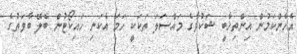
އެހެންކަމުން އިންތިޚާބީ ޝަކުވާގެ މައްސަލަ ތަކަކީ ހަމަ އެކަނި ހައިކޯޓުން ބެލޭ ބާވަތުގެ